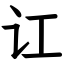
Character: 讧